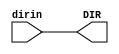
module NXP_74AVC4T245 (output DIR,input dirin);
assign DIR=dirin;
endmodule